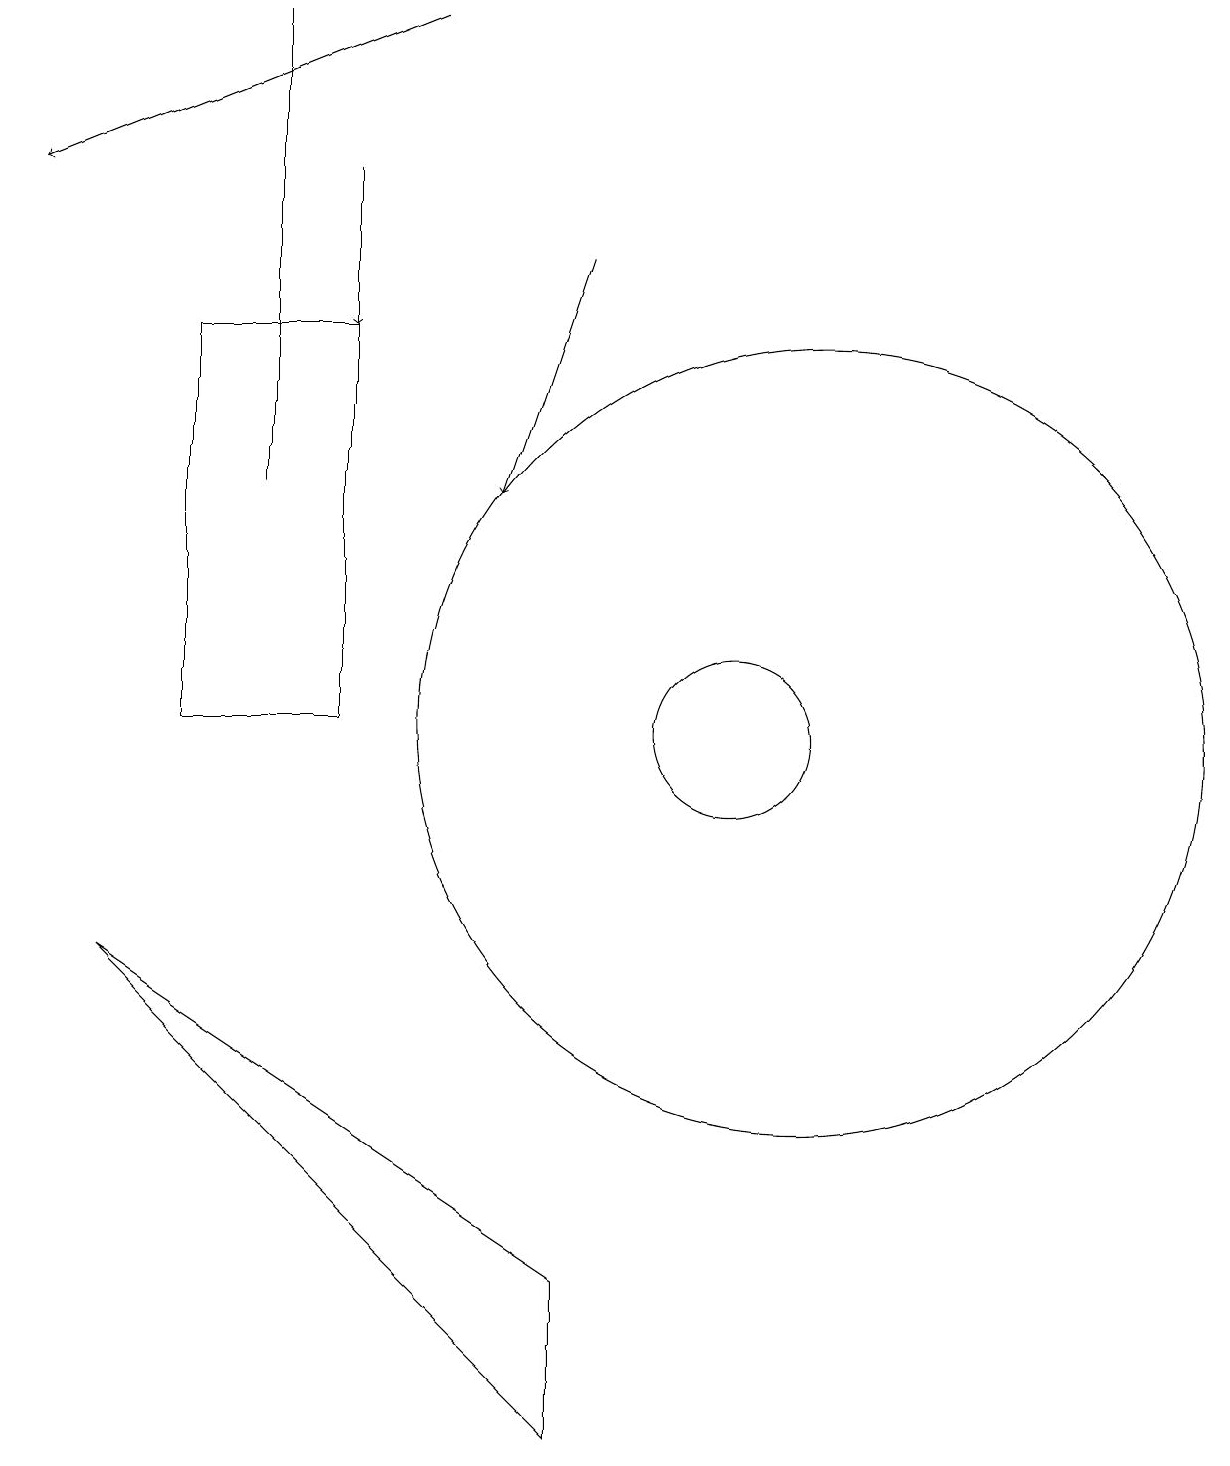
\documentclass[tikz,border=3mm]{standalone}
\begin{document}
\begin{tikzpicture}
\draw (4,19) rectangle (4,13);
\draw (11,10) circle (5);
\draw[->] (6,19) -- (1,17);
\draw (2,7) -- (8,3) -- (8,1) -- cycle;
\draw[->] (8,16) -- (7,13);
\draw (3,15) rectangle (5,10);
\draw (10,10) circle (1);
\draw[->] (5,17) -- (5,15);
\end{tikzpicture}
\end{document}